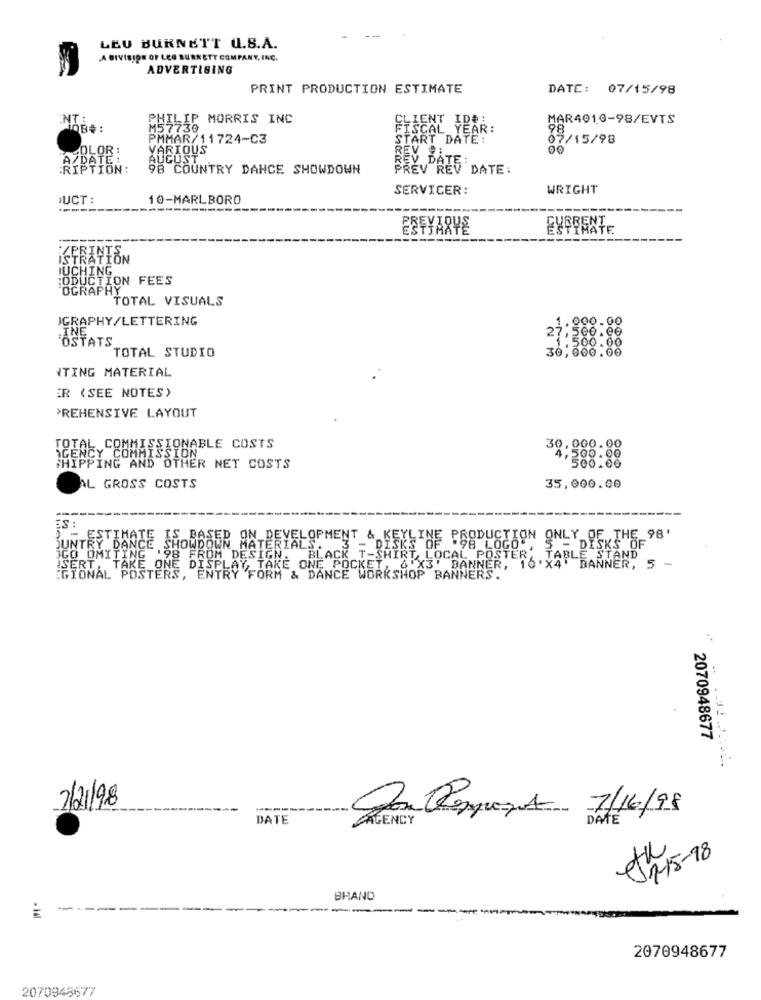
LEU BURNETT U.S.A.
A DIVISION OF LEO BURNETT COMPANY, INC.
ADVERTISING
PRINT PRODUCTION ESTIMATE
DATE: 07/15/98
NT:
PHILIP MORRIS INC
CLIENT IDA:
MAR4010-98/EVTS
M57730
ISCAL YEAR:
PMMAR/11724-C3
START DATE:
07/15/98
COLOR:
VA
REL
AZDATE:
RIPTION:
98 COUNTRY DANCE SHOWDOWN
PREV REV DATE:
SERVICER:
WRIGHT
DUCT :
10-MARLBORO
PREVIOU
CURRENT
----
ISTRATÍ
JUCHING
:ODUCTION FEES
OGRAPHY
TOTAL VISUALS
JGRAPHY/LETTERING
1.000.00
27,500. ee
ASTATS
12%
30,000.00
.500 . 00
TOTAL STUDIO
ITING MATERIAL
ER (SEE NOTES)
›REHENSIVE LAYOUT
TOTAL COMMISSIONABLE COSTS
30,000.00
AGENCY COMMISS
4,500.00
SHIPPING AND OTHER NET COSTS
500.00
AL GROSS COSTS
35,000.00
----
ES
OUNTRY DANCE M BASED ON DEVELOPMENT & KEYLINE
98 LOGSON ONLY OF THE 98'
MATERIALS.
5 - DISKS OF
IGO OMITING 198 FROM DESIGN.
"BLACK T-SHIRT, LOCAL POSTER, TABLE STAND
BANNER, 16 .x4
ISERT
TAKE ONE DISPLAY, TAKE ONE POCKET
BANNER, 5 -
EGIONAL POSTERS, ENTRY FORM & DANCE WORKSHOP BANNERS.
2070948677
2/21/98
DATE
AGENCY
Con Remport 1/16/98
11-15-18
BRAND
-
2070948677
2070948677